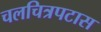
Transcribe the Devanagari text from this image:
चलचित्रपटास